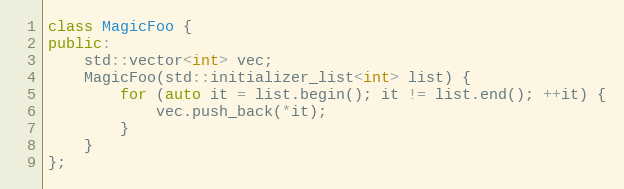
Language: C++
class MagicFoo {
public:
    std::vector<int> vec;
    MagicFoo(std::initializer_list<int> list) {
        for (auto it = list.begin(); it != list.end(); ++it) {
            vec.push_back(*it);
        }
    }
};